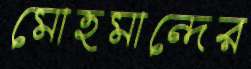
মোহমান্দের